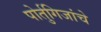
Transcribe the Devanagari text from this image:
पोर्तुगिजांचे